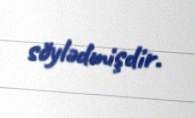
söylədmişdir.